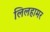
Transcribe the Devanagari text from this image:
लिलहामर